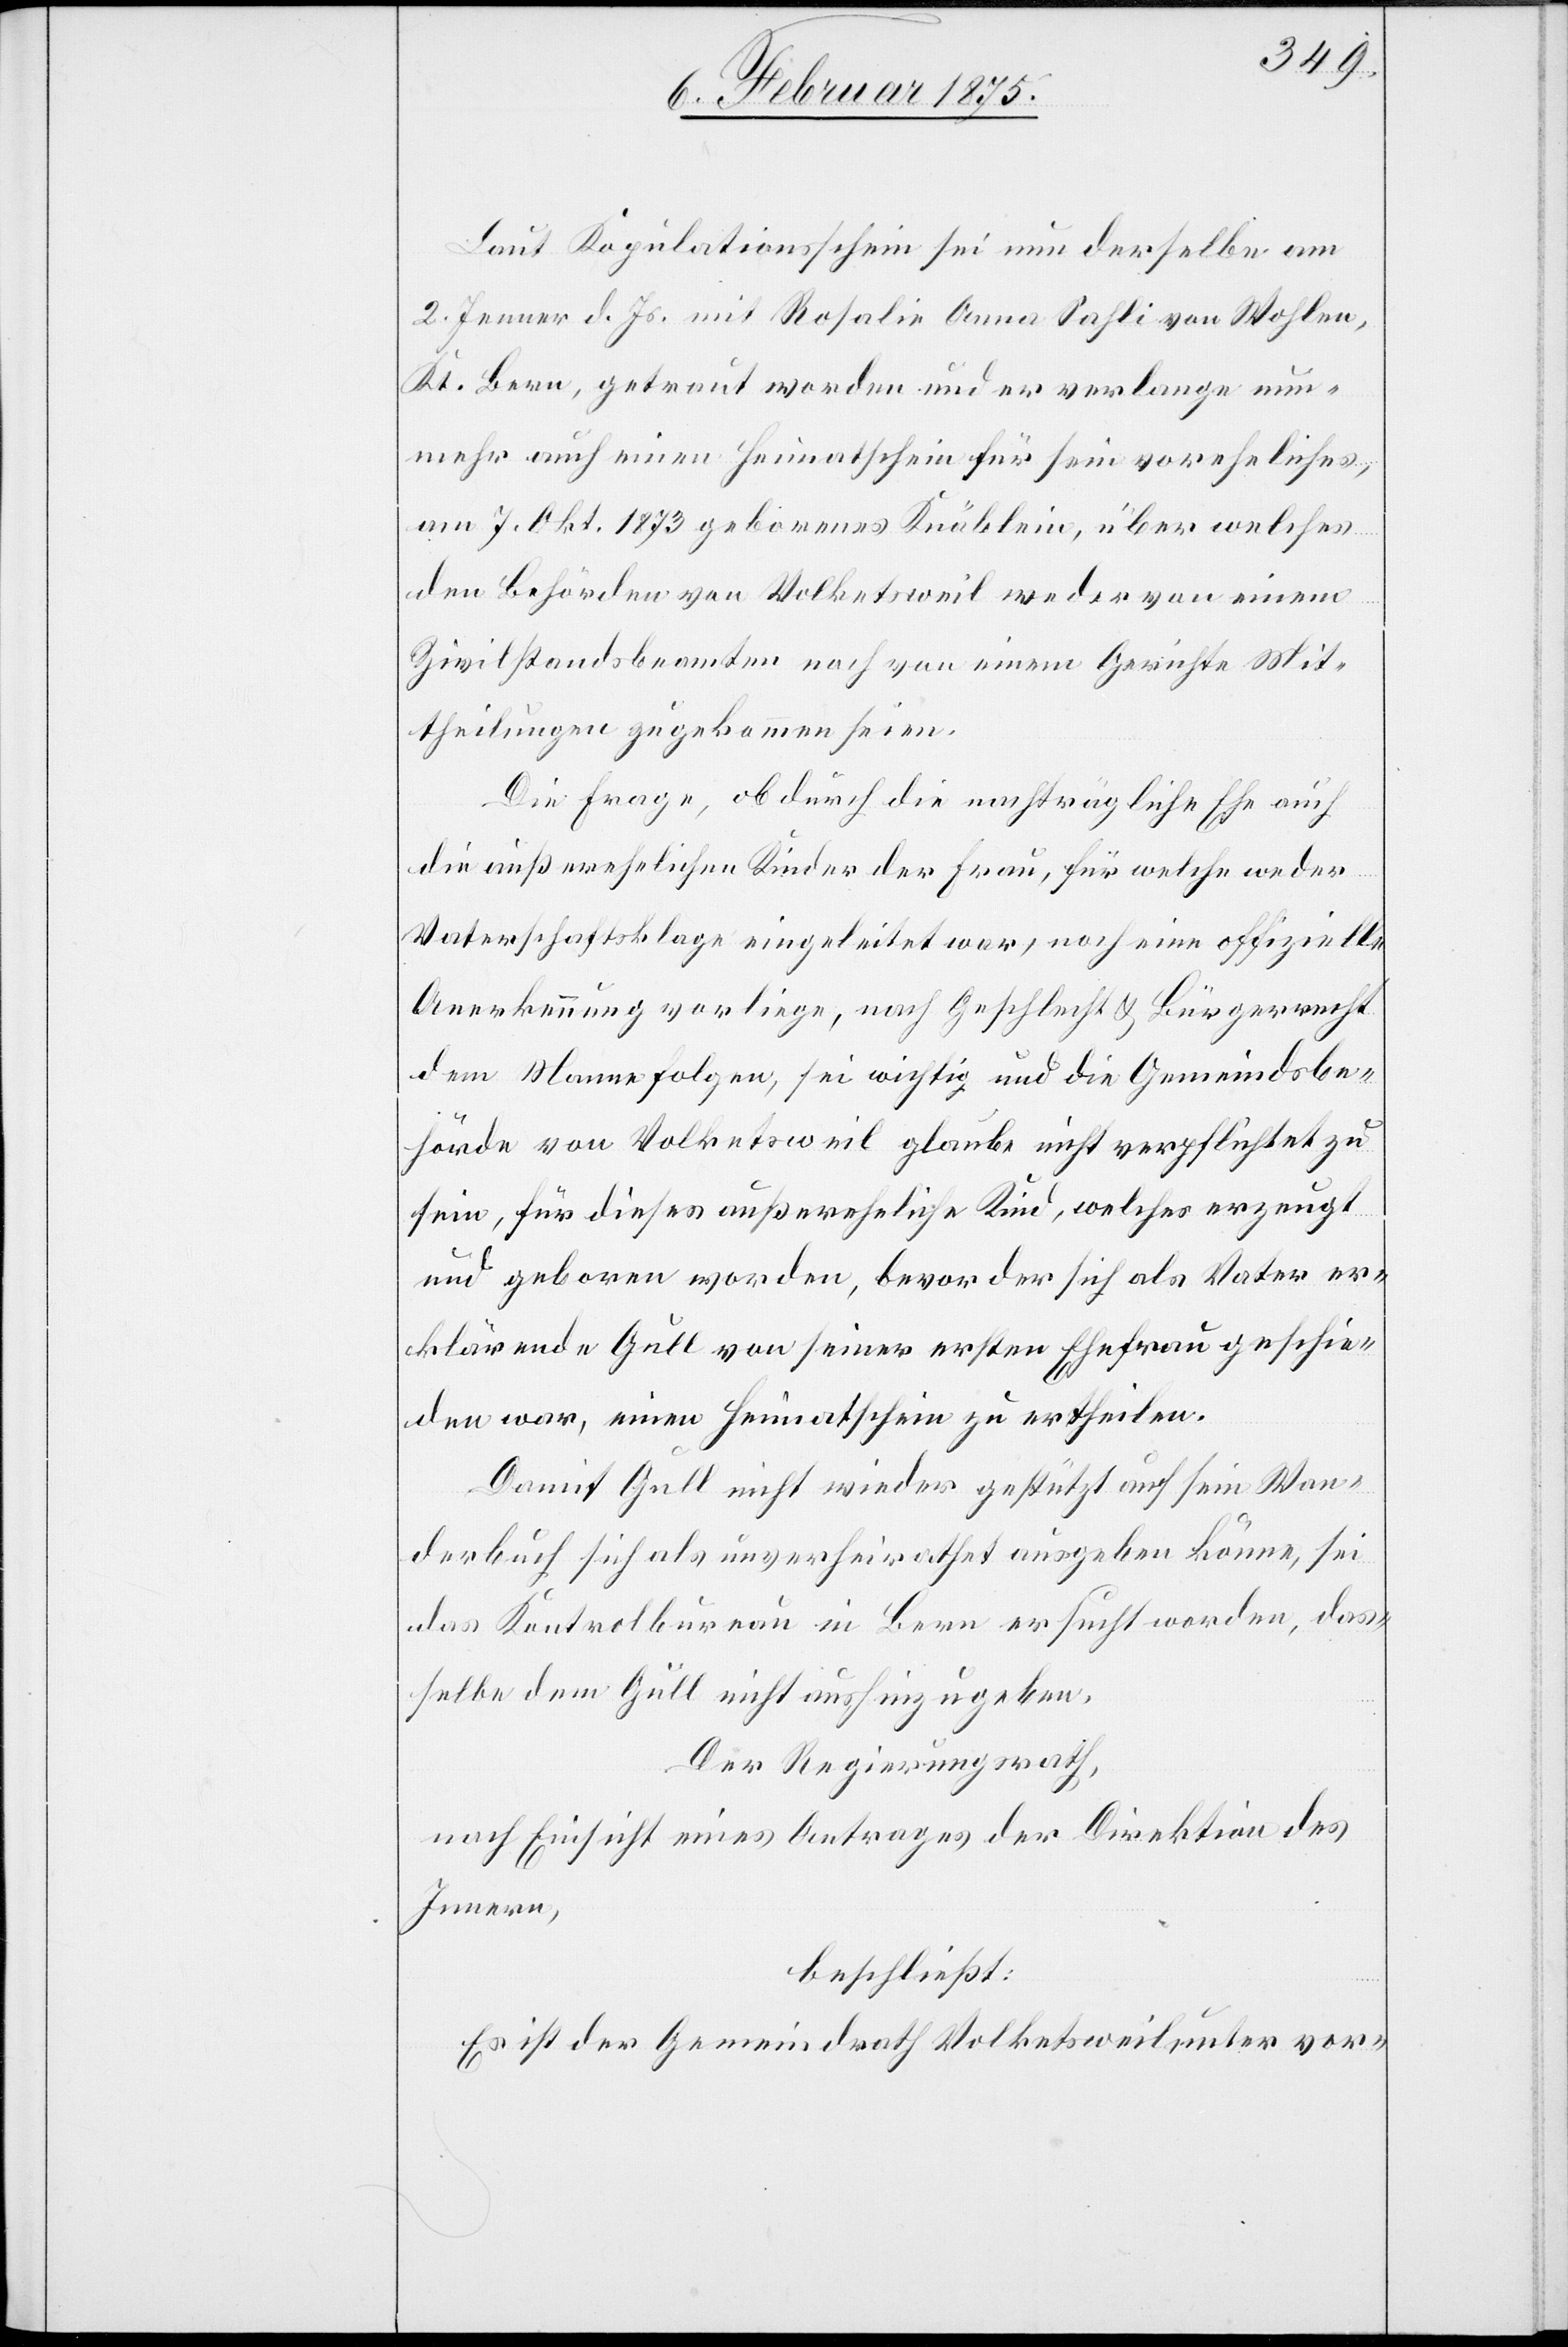
Laut Kopulationsschein sei nun derselbe am
2. Jenner d. Js. mit Rosalie Anna Sahli von Wohlen,
Kt. Bern, getraut worden und er verlange nun¬
mehr auch eine Heimatschein für sein voreheliches,
am 7. Okt. 1873 geborenes Knäblein, über welches
den Behörden von Volketsweil weder von einem
Zivilstandsbeamten noch von einem Gerichte Mit¬
theilungen zugekommen seien.
Die Frage, ob durch die nachträgliche Ehe auch
die außerehelichen Kinder der Frau, für welche weder
Vaterschaftsklage eingeleitet war, noch eine offizielle
Anerkennung vorliege, nach Geschlecht & Bürgerrecht
dem Manne folgen, sei wichtig und die Gemeindsbe¬
hörde von Volketsweil glaube nicht verpflichtet zu
sein, für dieses außereheliche Kind, welches erzeugt
und geboren worden, bevor der sich als Vater er¬
klärende Gull von seiner ersten Ehefrau geschie¬
den war, einen Heimatschein zu ertheilen.
Damit Gull nicht wieder gestützt auf sein Wan¬
derbuch sich als unverheiratet ausgeben könne, sei
das Kontrolbureau in Bern ersucht worden, das¬
selbe dem Gull nicht aushinzugeben.
Der Regierungsrath,
nach Einsicht eines Antrages der Direktion des
Innern,
beschließt:
Es ist der Gemeindrath Volketsweil unter vor-